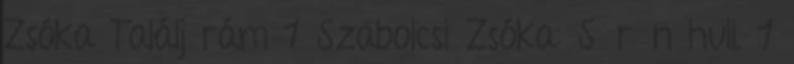
Zsóka Találj rám 1 Szabolcsi Zsóka: Sűrűn hull. 1